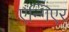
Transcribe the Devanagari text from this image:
एन्गिएर